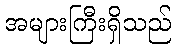
အများကြီးရှိသည်